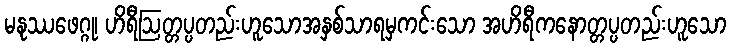
မနုဿဖေဂ္ဂု၊ ဟိရီဩတ္တပ္ပတည်းဟူသောအနှစ်သာရမှကင်းသော အဟိရီကနောတ္တပ္ပတည်းဟူသော